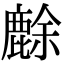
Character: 𪊸